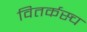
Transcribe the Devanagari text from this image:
वितर्कस्च